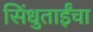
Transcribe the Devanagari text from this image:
सिंधुताईंचा